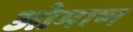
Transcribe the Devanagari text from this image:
ओमाण